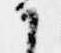
か